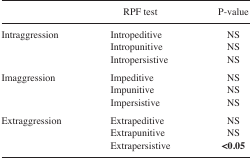
<table><thead><tr><td></td><td><b>RPF test</b></td><td><b>P-value</b></td></tr></thead><tbody><tr><td>Intraggression</td><td>Intropeditive</td><td>NS</td></tr><tr><td></td><td>Intropunitive</td><td>NS</td></tr><tr><td></td><td>Intropersistive</td><td>NS</td></tr><tr><td>Imaggression</td><td>Impeditive</td><td>NS</td></tr><tr><td></td><td>Impunitive</td><td>NS</td></tr><tr><td></td><td>Impersistive</td><td>NS</td></tr><tr><td>Extraggression</td><td>Extrapeditive</td><td>NS</td></tr><tr><td></td><td>Extrapunitive</td><td>NS</td></tr><tr><td></td><td>Extrapersistive</td><td><b>&lt;0.05</b></td></tr></tbody></table>